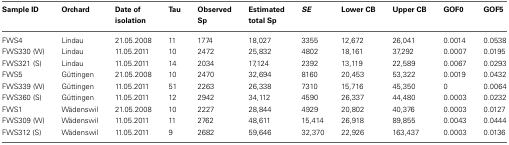
| Sample ID | Orchard | Date of isolation | Tau | Observed Sp | Estimated total Sp | SE | Lower CB | Upper CB | GOF0 | GOF5 |
 | --- | --- | --- | --- | --- | --- | --- | --- | --- | --- | --- |
 | FWS4 | Lindau | 21.05.2008 | 11 | 1774 | 18,027 | 3355 | 12,672 | 26,041 | 0.0014 | 0.0538 |
 | FWS330 (W) | Lindau | 11.05.2011 | 10 | 2472 | 25,832 | 4802 | 18,161 | 37,292 | 0.0007 | 0.0195 |
 | FWS321 (S) | Lindau | 11.05.2011 | 14 | 2034 | 17,124 | 2392 | 13,119 | 22,589 | 0.0067 | 0.0293 |
 | FWS5 | Güttingen | 21.05.2008 | 10 | 2470 | 32,694 | 8160 | 20,453 | 53,322 | 0.0019 | 0.0432 |
 | FWS339 (W) | Güttingen | 11.05.2011 | 51 | 2263 | 26,338 | 7310 | 15,716 | 45,350 | 0 | 0.0064 |
 | FWS360 (S) | Güttingen | 11.05.2011 | 12 | 2942 | 34,112 | 4590 | 26,337 | 44,480 | 0.0003 | 0.0232 |
 | FWS1 | Wädenswil | 21.05.2008 | 10 | 2227 | 28,844 | 4929 | 20,802 | 40,376 | 0.0003 | 0.0127 |
 | FWS309 (W) | Wädenswil | 11.05.2011 | 11 | 2762 | 48,611 | 15,414 | 26,918 | 89,855 | 0.0043 | 0.0444 |
 | FWS312 (S) | Wädenswil | 11.05.2011 | 9 | 2682 | 59,646 | 32,370 | 22,926 | 163,437 | 0.0003 | 0.0136 |